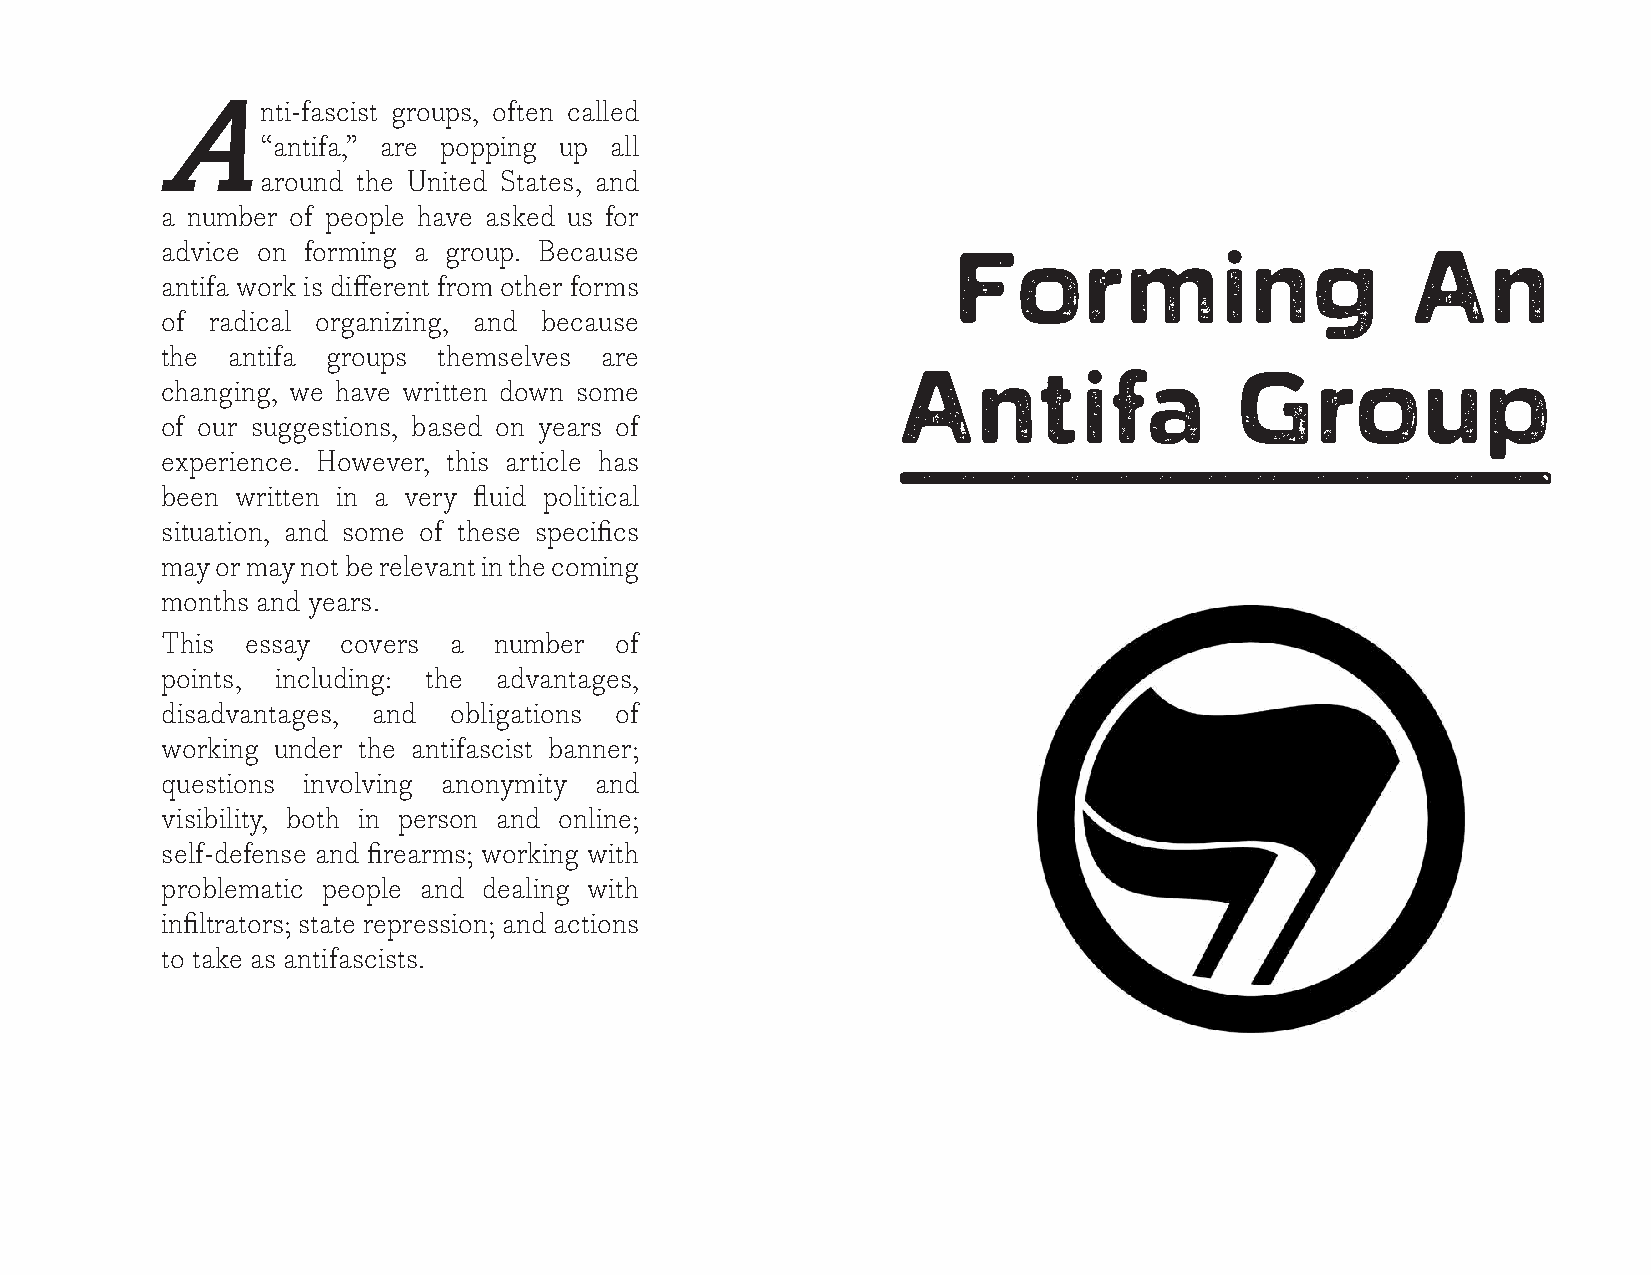
nti-fascist groups, often called
 A
 “antifa,” are popping up all
 around the United States, and
 a number of people have asked us for
 advice on forming a group. Because
 Forming                       An
 antifa work is different from other forms
 of radical organizing, and because
 the antifa groups themselves are
 Antifa                 Group
 changing, we have written down some
 _____________
 of our suggestions, based on years of
 experience. However, this article has
 been written in a very fluid political
 situation, and some of these specifics
 may or may not be relevant in the coming
 months and years.
 This essay  covers a  number  of
 points, including: the advantages,
 disadvantages, and obligations of
 working under the antifascist banner;
 questions involving anonymity and
 visibility, both in person and online;
 self-defense and firearms; working with
 problematic people and dealing with
 infiltrators; state repression; and actions
 to take as antifascists.